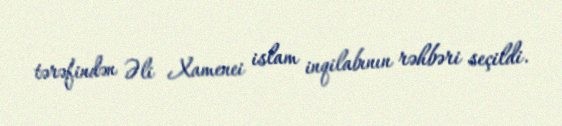
tərəfindən Əli Xamenei islam inqilabının rəhbəri seçildi.